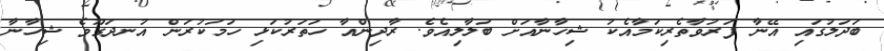
ބަދަލުގައި އޭނާ ފަރުވާތެރިކަމާއެކު ޝިހާނާއަށް ބަލާލިއެވެ. ރާދިންއާ ހަތަރުކަޅި ހަމަކުރަން އުނދަގޫވެ ޝިހާނާ